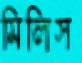
মিলিস